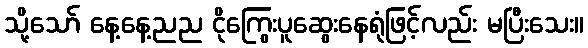
သို့သော် နေ့နေ့ညည ငိုကြွေးပူဆွေးနေရုံဖြင့်လည်း မပြီးသေး။